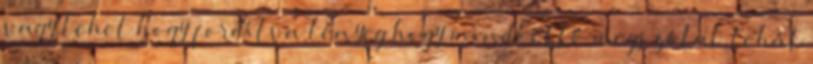
vagy lehet hogy fordítva lényeg hogy mindkettő megszólal tehát